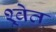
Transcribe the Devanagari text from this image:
श्र्वेत